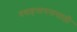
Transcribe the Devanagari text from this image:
प्रवाहमापनासाठी